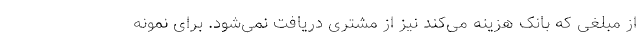
از مبلغی که بانک هزینه می‌کند نیز از مشتری دریافت نمی‌شود. برای نمونه